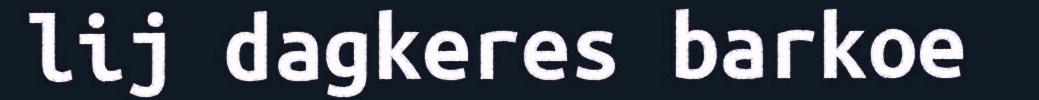
lij dagkeres barkoe